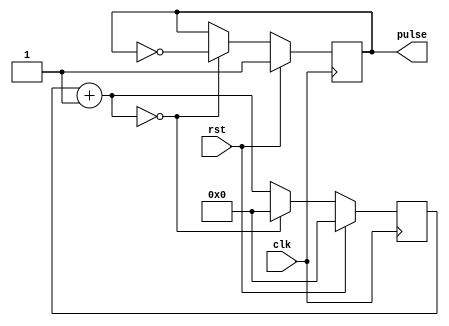
//varilabe clk generate
//INPUTclk_var 
//OUTPUT clk divided by (clk_var * 2) = pulse  

module var_clk_div(rst, clk, pulse);  
input wire rst, clk; 
output wire pulse; 

reg [31:0] r_reg; 
wire [31:0] r_nxt; 
reg clk_track; 
parameter clk_var = 0; 

assign r_nxt = r_reg+1;   	      
assign pulse = clk_track; 
 
always @(posedge clk)
begin
  if (rst)
     begin
        r_reg <= 0;
	    clk_track <= 1'b1; 
     end
 
  else if (r_nxt == clk_var)
 	   begin
	     r_reg <= 0;
	     clk_track <= ~clk_track;
	   end
 
  else 
      r_reg <= r_nxt;
end


endmodule


///////////////////////////////////////////////////////////////////////////////
///////////////////////////////////////////////////////////////////////////////
///////////////////////////////////////////////////////////////////////////////
///////////////////////////////////////////////////////////////////////////////
///////////////////////////////////////////////////////////////////////////////

module Memory(CS, WE, CLK, ADDR, Mem_Bus);
  input CS;
  input WE;
  input CLK;
  input [6:0] ADDR;
  inout [31:0] Mem_Bus;

  reg [31:0] data_out;
  reg [31:0] RAM [0:127];
  integer i,p; 

  initial
  begin
    for(p = 0; p < 128; p = p +1)
	begin 
	RAM[p] = 32'b0; 
	end
    /* Write your Verilog-Text IO code here */
	//write a separate text file with MIPS machine code in hexidecimal
	$readmemb("C:/Users/Anne/Documents/GitHub/EE460M_lab7/small_program.txt", RAM);
  for(i = 0 ; i < 10; i = i + 1)
	begin 
	$display ("mem %d is %h", i, RAM[i]); 
	end
  end
 
  assign Mem_Bus = ((CS == 1'b0) || (WE == 1'b1)) ? 32'bZ : data_out;

  always @(negedge CLK)
  begin

    if((CS == 1'b1) && (WE == 1'b1))
      RAM[ADDR] <= Mem_Bus[31:0];

    data_out <= RAM[ADDR];
  end
endmodule

///////////////////////////////////////////////////////////////////////////////
///////////////////////////////////////////////////////////////////////////////
///////////////////////////////////////////////////////////////////////////////
///////////////////////////////////////////////////////////////////////////////
///////////////////////////////////////////////////////////////////////////////

module REG(CLK, RegW, DR, SR1, SR2, Reg_In, switches, ReadReg1, ReadReg2, reg_2, reg_3);
  input CLK;
  input RegW;
  input [4:0] DR;
  input [4:0] SR1;
  input [4:0] SR2;
  input [31:0] Reg_In;
  input [2:0] switches; 
  output reg [31:0] ReadReg1;
  output reg [31:0] ReadReg2;
  output [31:0] reg_2, reg_3; 
  
  reg [31:0] REG [0:31];
  integer i;

  initial begin
    ReadReg1 = 0;
    ReadReg2 = 0;
	
	for(i = 0; i < 31; i = i +1)
	begin 
	REG[i] = 0; 
	end 
	
  end
   
   assign reg_2 = REG[2];
   assign reg_3 = REG[3];   
   
  always @(posedge CLK)
  begin
    REG[1] <= {29'b0, switches}; 
	
    if(RegW == 1'b1)
      REG[DR] <= Reg_In[31:0];

    ReadReg1 <= REG[SR1];
    ReadReg2 <= REG[SR2];
  end
endmodule


///////////////////////////////////////////////////////////////////////////////
///////////////////////////////////////////////////////////////////////////////
///////////////////////////////////////////////////////////////////////////////
///////////////////////////////////////////////////////////////////////////////
///////////////////////////////////////////////////////////////////////////////

`define opcode instr[31:26]
`define sr1 instr[25:21]
`define sr2 instr[20:16]
`define f_code instr[5:0]
`define numshift instr[10:6]

module MIPS (CLK, RST, switches, CS, WE, ADDR, Mem_Bus, reg_2, reg_3);
  input CLK, RST; 
  input [2:0] switches; 
  output reg CS, WE;
  output [6:0] ADDR;
  inout [31:0] Mem_Bus;
  output wire [31:0] reg_2, reg_3; 
  
  

  //special instructions (opcode == 000000), values of F code (bits 5-0):
  parameter add = 6'b100000;//
  parameter sub = 6'b100010;//
  parameter xor1 = 6'b100110;//
  parameter and1 = 6'b100100;//
  parameter or1 = 6'b100101;//
  parameter slt = 6'b101010; //set less than
  parameter srl = 6'b000010; //shift right logical
  parameter sll = 6'b000000; //shift left logical
  parameter jr = 6'b001000; //jump register

  //non-special instructions, values of opcodes:
  parameter addi = 6'b001000;//
  parameter andi = 6'b001100;//
  parameter ori = 6'b001101;//
  parameter lw = 6'b100011; //load word
  parameter sw = 6'b101011; //store word
  parameter beq = 6'b000100; //branch equal
  parameter bne = 6'b000101; //branch not equal
  parameter j = 6'b000010; // to address
  
  //added instructions Anne 
  parameter lui = 6'b001111; 
  //f_codes
  parameter add8 = 6'b101101; 
  parameter rbit = 6'b101111; 
  parameter rev = 6'b110000; 
  parameter sadd = 6'b110001; 
  parameter ssub = 6'b110010; 
  
  //instruction format
  parameter R = 2'd0;
  parameter I = 2'd1;
  parameter J = 2'd2;

  //internal signals
  reg [5:0] op, opsave;
  wire [1:0] format;
  reg [31:0] instr, alu_result;
  reg [6:0] pc, npc;
  wire [31:0] imm_ext, alu_in_A, alu_in_B, reg_in, readreg1, readreg2;
  reg [31:0] alu_result_save;
  reg alu_or_mem, alu_or_mem_save, regw, writing, reg_or_imm, reg_or_imm_save;
  reg fetchDorI;
  wire [4:0] dr;
  reg [2:0] state, nstate;
  
  //new var Anne
  reg [8:0] rbit_i; 
  reg [63:0] sadd_temp, ssub_temp;   

  //combinational
  assign imm_ext = (instr[15] == 1)? {16'hFFFF, instr[15:0]} : {16'h0000, instr[15:0]};//Sign extend immediate field
  assign dr = (format == R)? instr[15:11] : instr[20:16]; //Destination Register MUX (MUX1)
  assign alu_in_A = readreg1;
  assign alu_in_B = (reg_or_imm_save)? imm_ext : readreg2; //ALU MUX (MUX2)
  assign reg_in = (alu_or_mem_save)? Mem_Bus : alu_result_save; //Data MUX
  assign format = (`opcode == 6'd0)? R : ((`opcode == 6'd2)? J : I);
  assign Mem_Bus = (writing)? readreg2 : 32'bZZZZZZZZZZZZZZZZZZZZZZZZZZZZZZZZ;

  //drive memory bus only during writes
  assign ADDR = (fetchDorI)? pc : alu_result_save[6:0]; //ADDR Mux
  REG Register(CLK, regw, dr, `sr1, `sr2, reg_in, switches, readreg1, readreg2, reg_2, reg_3);

  initial begin
    op = and1; opsave = and1;
    state = 3'b0; nstate = 3'b0;
    alu_or_mem = 0;
    regw = 0;
    fetchDorI = 0;
    writing = 0;
    reg_or_imm = 0; reg_or_imm_save = 0;
    alu_or_mem_save = 0;
  end

  always @(*)
  begin
    fetchDorI = 0; CS = 0; WE = 0; regw = 0; writing = 0; alu_result = 32'd0;
    npc = pc; op = jr; reg_or_imm = 0; alu_or_mem = 0; nstate = 3'd0;
    case (state)
      0: begin //fetch
        
		npc = pc + 7'd1; CS = 1; nstate = 3'd1;
        fetchDorI = 1;
		 
      end
      1: begin //decode
        nstate = 3'd2; reg_or_imm = 0; alu_or_mem = 0;
        if (format == J) begin //jump, and finish
          npc = instr[6:0];
          nstate = 3'd0;
        end
        else if (format == R) //register instructions
          op = `f_code;
        else if (format == I) begin //immediate instructions
          reg_or_imm = 1;
          if(`opcode == lw) begin
            op = add;
            alu_or_mem = 1;
          end
          else if ((`opcode == lw)||(`opcode == sw)||(`opcode == addi)) op = add;
          else if ((`opcode == beq)||(`opcode == bne)) begin
            op = sub;
            reg_or_imm = 0;
          end
          else if (`opcode == andi) op = and1;
          else if (`opcode == ori) op = or1;
        end
      end
      2: begin //execute
        nstate = 3'd3;
        if (opsave == and1) alu_result = alu_in_A & alu_in_B;
        else if (opsave == or1) alu_result = alu_in_A | alu_in_B;
        else if (opsave == add) alu_result = alu_in_A + alu_in_B;
        else if (opsave == sub) alu_result = alu_in_A - alu_in_B;
        else if (opsave == srl) alu_result = alu_in_B >> `numshift;
        else if (opsave == sll) alu_result = alu_in_B << `numshift;
        else if (opsave == slt) alu_result = (alu_in_A < alu_in_B)? 32'd1 : 32'd0;
        else if (opsave == xor1) alu_result = alu_in_A ^ alu_in_B;
		//added for new instructions Anne //
		else if(opsave == lui) alu_result = {(alu_in_B << 5'd16),16'b0}; // shf immediate left 16 
		else if(opsave == add8) begin 
		alu_result[31:24] = alu_in_A[31:24] + alu_in_B[31:24]; 
		alu_result[23:16] = alu_in_A[23:16] + alu_in_B[23:16]; 
		alu_result[15:8] = alu_in_A[15:8] + alu_in_B[15:8]; 
		alu_result[7:0] = alu_in_A[7:0] + alu_in_B[7:0];
		end 
		else if(opsave == rbit) 
		begin // ADD rbit_i 
		for(rbit_i= 0; rbit_i < 32; rbit_i = rbit_i +1)
			begin 
			alu_result[rbit_i] = alu_in_B[ 31 - rbit_i]; 
			end 
		end 
		else if(opsave == rev)
		begin 
		alu_result[31:24] = alu_in_B[7:0]; 
		alu_result[23:16] = alu_in_B[15:8];
		alu_result[15:8] = alu_in_B[23:16];
		alu_result[7:0] = alu_in_B[31:24];
		end 
		else if(opsave == sadd)
		begin // ADD sadd_temp 
		sadd_temp = alu_in_A + alu_in_B; 
		if( sadd_temp > 64'h0FFFFFFFF) alu_result = 32'hFFFFFFFF; 
		else  alu_result = alu_in_A + alu_in_B;
		end 
		if(opsave == ssub)
		begin /// ADD ssub_temp 64b 
		ssub_temp = alu_in_A - alu_in_B; 
		if(ssub_temp < 0 ) alu_result = 0; 
		else alu_result = alu_in_A - alu_in_B;
		end 
		///////////////////////////////
		
        if (((alu_in_A == alu_in_B)&&(`opcode == beq)) || ((alu_in_A != alu_in_B)&&(`opcode == bne))) begin
          npc = pc + imm_ext[6:0];
          nstate = 3'd0;
        end
        else if ((`opcode == bne)||(`opcode == beq)) nstate = 3'd0;
        else if (opsave == jr) begin
          npc = alu_in_A[6:0];
          nstate = 3'd0;
        end
      end
      3: begin //prepare to write to mem
        nstate = 3'd0;
        if ((format == R)||(`opcode == addi)||(`opcode == andi)||(`opcode == ori)) regw = 1;
        else if (`opcode == sw) begin
          CS = 1;
          WE = 1;
          writing = 1;
        end
        else if (`opcode == lw) begin
          CS = 1;
          nstate = 3'd4;
        end
      end
      4: begin
        nstate = 3'd0;
        CS = 1;
        if (`opcode == lw) regw = 1;
      end
	 
	  
    endcase
  end //always

  always @(posedge CLK) begin

    if (RST) begin
      state <= 3'd0;
      pc <= 7'd0;
    end
    else begin
      state <= nstate;
      pc <= npc;
    end

    if (state == 3'd0) instr <= Mem_Bus;
    else if (state == 3'd1) begin
      opsave <= op;
      reg_or_imm_save <= reg_or_imm;
      alu_or_mem_save <= alu_or_mem;
    end
    else if (state == 3'd2) alu_result_save <= alu_result;

  end //always

endmodule